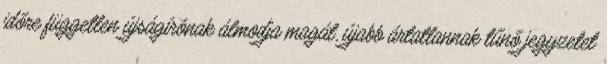
időre független újságírónak álmodja magát, újabb ártatlannak tűnő jegyzetet